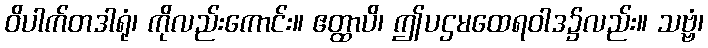
ဝိပါက်တဒါရုံ၊ ကိုလည်းကောင်း။ ဧတ္ထာပိ၊ ဤပဌမထေရဝါဒ၌လည်း။ သဗ္ဗံ၊